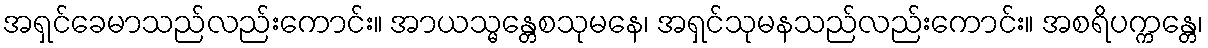
အရှင်ခေမာသည်လည်းကောင်း။ အာယသ္မန္တေစသုမနေ၊ အရှင်သုမနသည်လည်းကောင်း။ အစရိပက္ကန္တေ၊